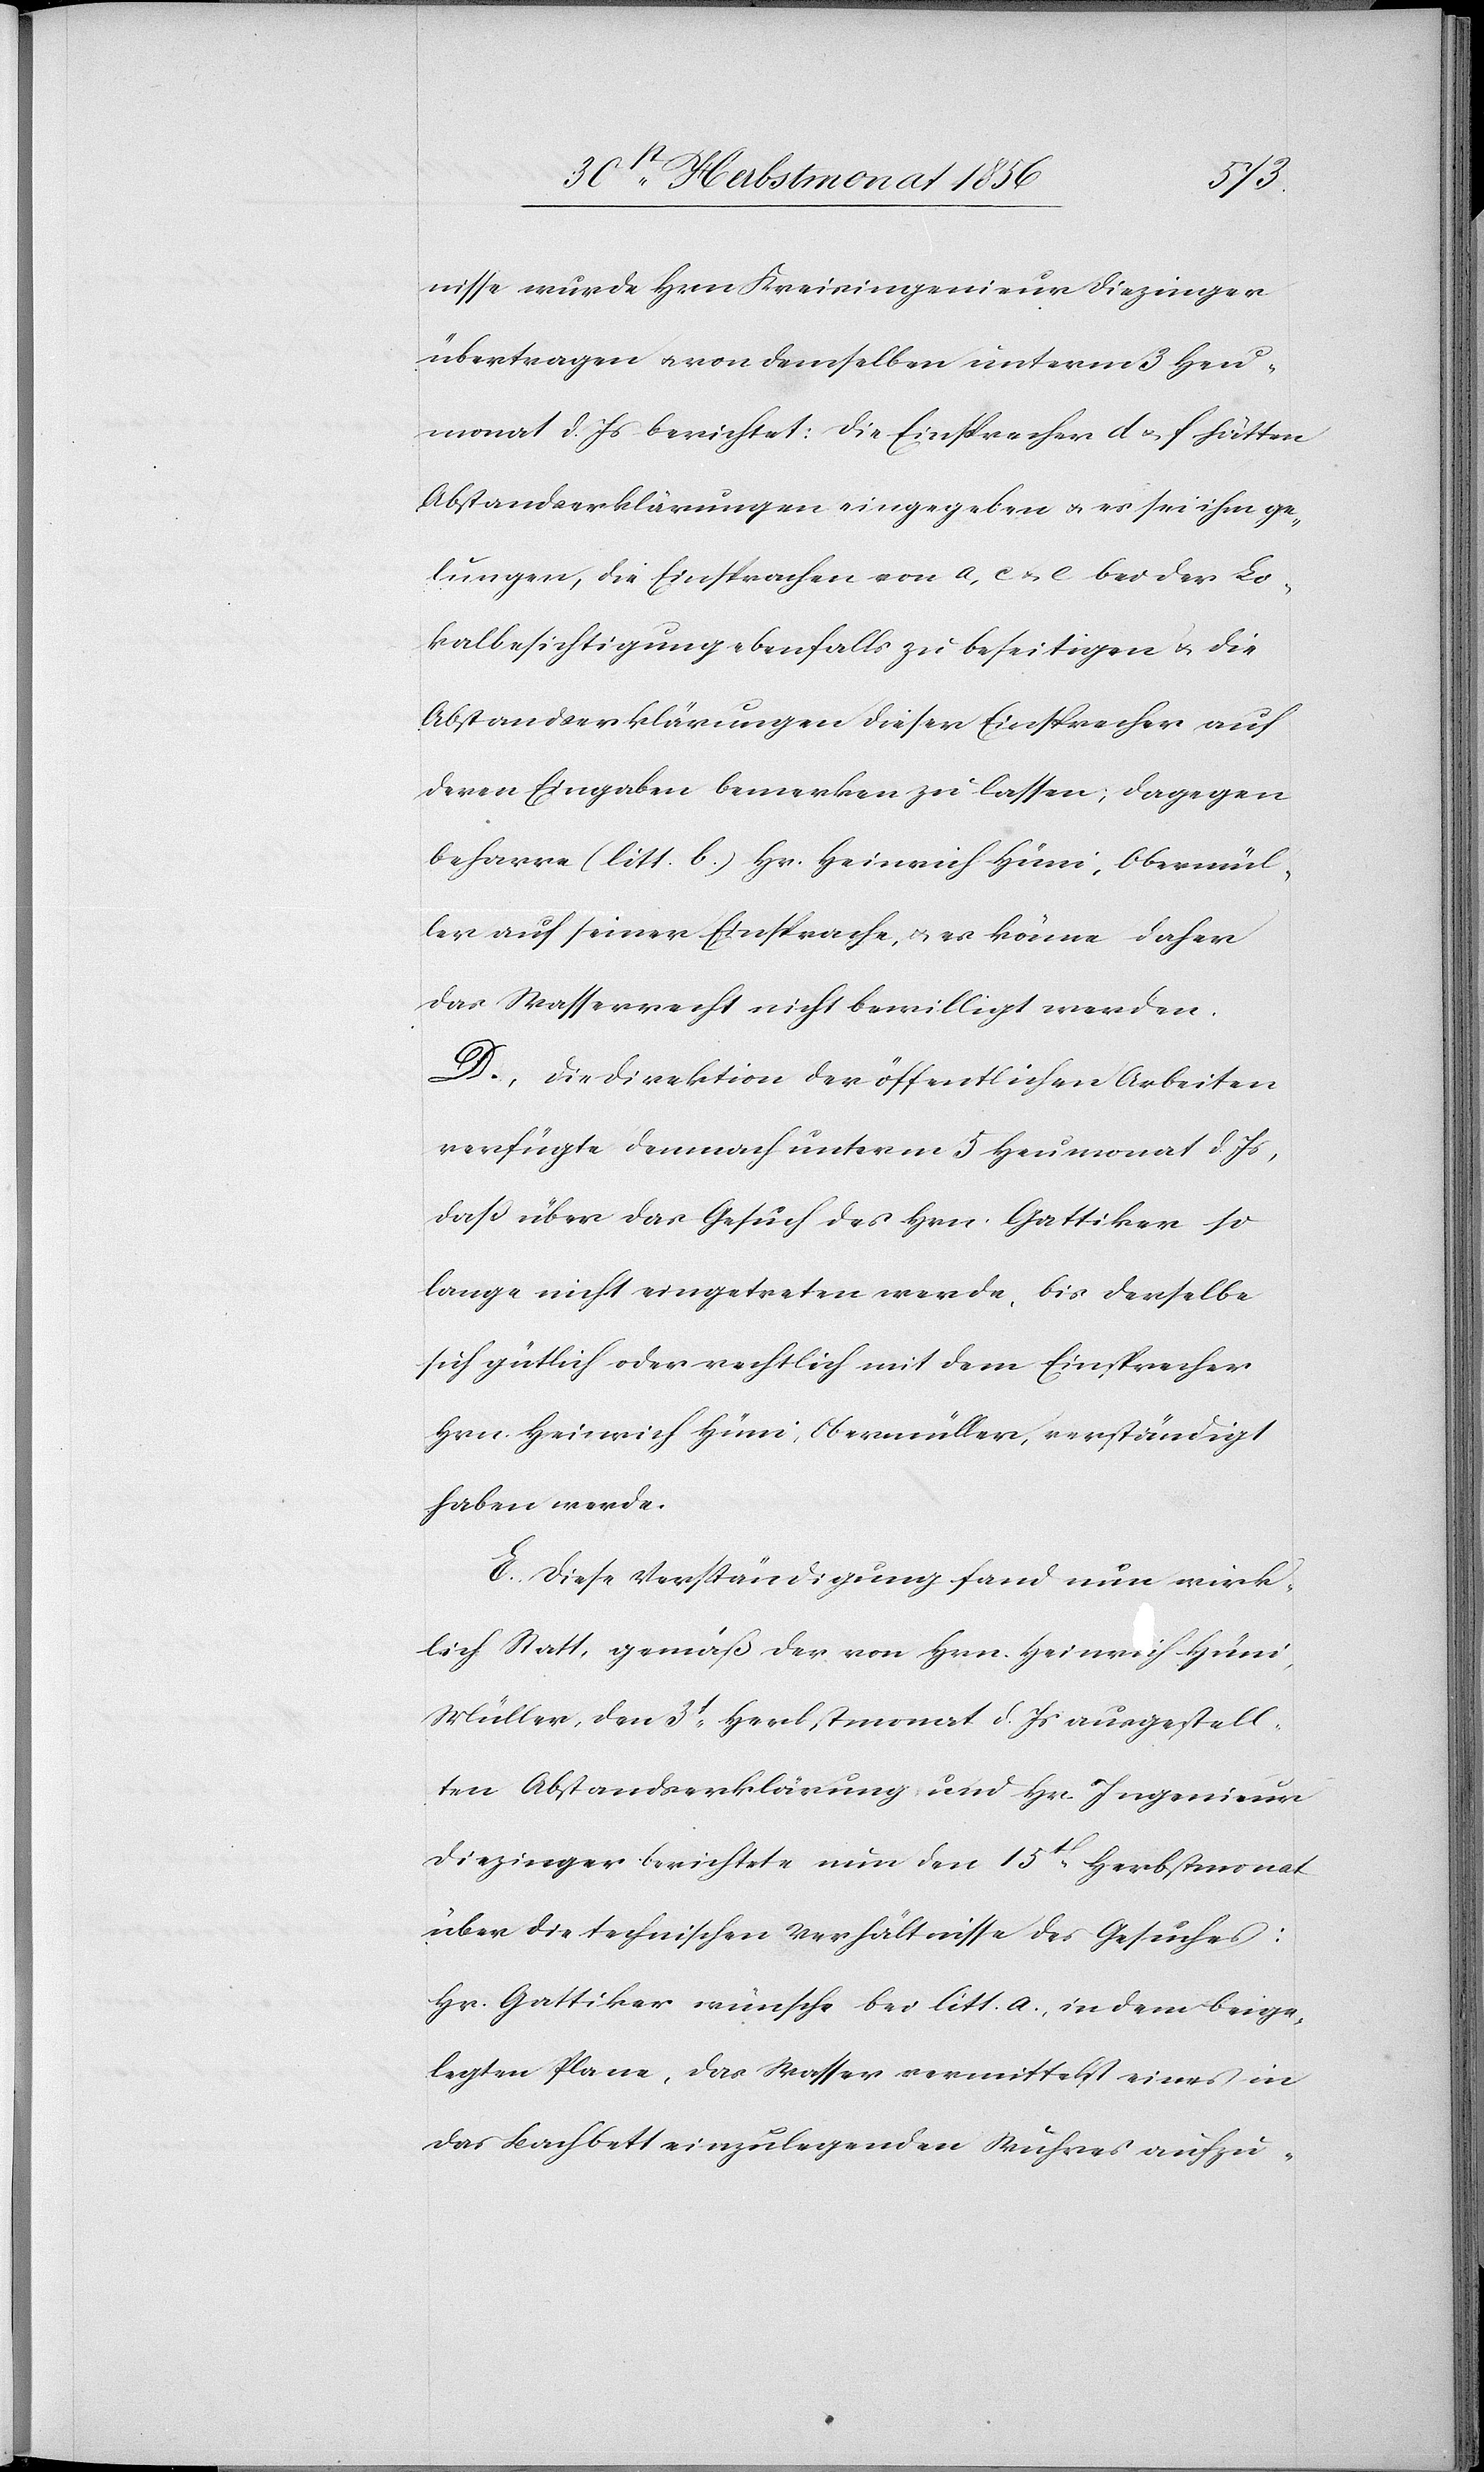
nisse wurde Hrn Kreisingenieur Diezinger
übertragen u. von demselben unterm 3 Heu¬
monat d. Js berichtet: Die Einsprecher d & f hätten
Abstandserklärungen eingegeben u. es sei ihm ge¬
lungen, die Einsprachen von a, c & e bei der Lo¬
kalbesichtigung ebenfalls zu beseitigen & die
Abstandserklärungen dieser Einsprecher auf
deren Eingaben bemerken zu lassen; dagegen
beharre (litt. b.) Hr. Heinrich Hüni, Obermül¬
ler auf seiner Einsprache, u. es könne daher
das Wasserrecht nicht bewilligt werden.
D. Die Direktion der öffentlichen Arbeiten
verfügte demnach unterm 5 Heumonat d. Js,
daß über das Gesuch des Hrn. Gattiker so
lange nicht eingetreten werde, bis derselbe
sich gütlich oder rechtlich mit dem Einsprecher
Hrn. Heinrich Hüni, Obermüller, verständigt
haben werde.
E. Diese Verständigung fand nun wirk¬
lich Statt, gemäß der von Hrn. Heinrich Hüni,
Müller, den 3t Herbstmonat d. Js ausgestell¬
ten Abstandserklärung und Hr. Ingenieur
Diezinger berichtete nun den 15t Herbstmonat
über die technischen Verhältnisse des Gesuches:
Hr. Gattiker wünsche bei litt. a., in dem beige¬
legten Plane, das Wasser vermittelst eines in
das Bachbett einzulegenden Wuhres aufzu-